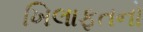
ખિલાફતનો